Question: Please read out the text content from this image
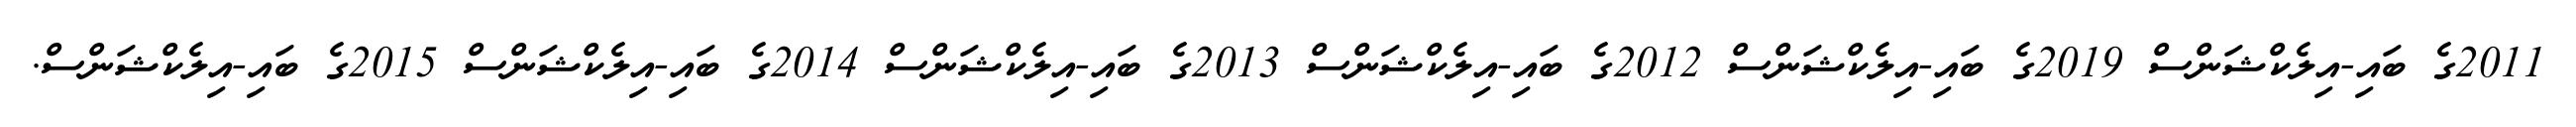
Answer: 2011ގެ ބައި-އިލެކްޝަންސް 2019ގެ ބައި-އިލެކްޝަންސް 2012ގެ ބައި-އިލެކްޝަންސް 2013ގެ ބައި-އިލެކްޝަންސް 2014ގެ ބައި-އިލެކްޝަންސް 2015ގެ ބައި-އިލެކްޝަންސް.